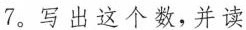
7。写出这个数，并读